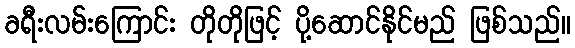
ခရီးလမ်းကြောင်း တိုတိုဖြင့် ပို့ဆောင်နိုင်မည် ဖြစ်သည်။